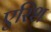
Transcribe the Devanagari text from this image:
एरिश